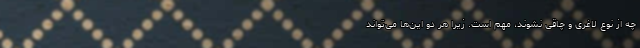
چه از نوع لاغری و چاقی نشوند، مهم است. زیرا هر دو این‌ها می‌تواند